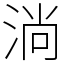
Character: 淌